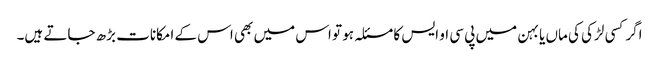
اگرکسی لڑکی کی ماں یا بہن میں پی سی او ایس کا مسئلہ ہو تو اس میں بھی اس کے امکانات بڑھ جاتے ہیں۔